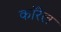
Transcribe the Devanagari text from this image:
कॉरेल